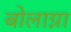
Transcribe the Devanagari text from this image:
बोलाग्ना